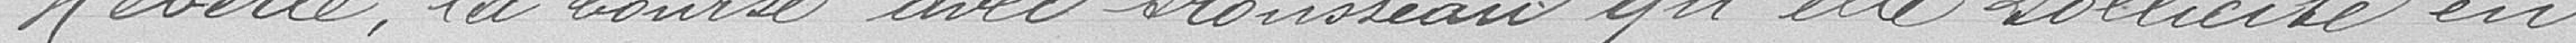
Heberlé la bourse avec trousseau qu'elle sollicite en